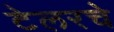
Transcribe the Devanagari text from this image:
टेलरचे